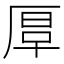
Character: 𠪀